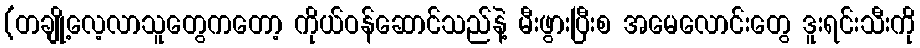
(တချို့လေ့လာသူတွေကတော့ ကိုယ်ဝန်ဆောင်သည်နဲ့ မီးဖွားပြီးစ အမေလောင်းတွေ ဒူးရင်းသီးကို